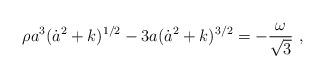
\begin{align*}\rho a^{3}(\dot{a}^{2}+k)^{1/2}- 3a(\dot{a}^{2}+k)^{3/2}=-\frac{\omega}{\sqrt{3}} ~,\end{align*}